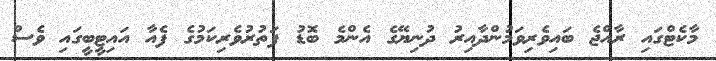
މާކެޓްގައި ރާއްޖެ ބައިވެރިވަމުންދާއިރު ދުނިޔޭގެ އެންމެ ބޮޑު ފަތުރުވެރިކަމުގެ ފެއާ އައިޓީބީގައި ވެސް